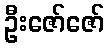
ဦးဇော်ဇော်